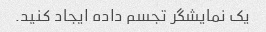
یک نمایشگر تجسم داده ایجاد کنید.